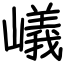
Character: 嶬